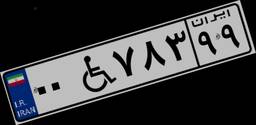
۹۹W۹۳۴۲۸